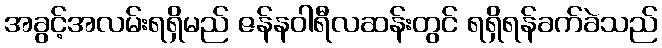
အခွင့်အလမ်းရရှိမည် ဇန်နဝါရီလဆန်းတွင် ရရှိရန်ခက်ခဲသည်